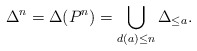
\begin{align*}\Delta^n= \Delta(P^n)=\bigcup_{d(a)\le n}\Delta_{\le a}. \end{align*}